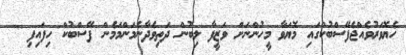
ހެޔޮވަރުވެއްޖެފޭސްބުކްގައި މޮޔަވާ މީހުންނަށް ވަޒީފާ ލިބުން ދަތިވެދާނެމަންމަމެން ފޭސްބުކް ހިފައިފި